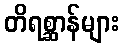
တိရစ္ဆာန်များ